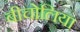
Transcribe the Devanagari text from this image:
बीचोलिया